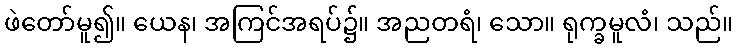
ဖဲတော်မူ၍။ ယေန၊ အကြင်အရပ်၌။ အညတရံ၊ သော။ ရုက္ခမူလံ၊ သည်။